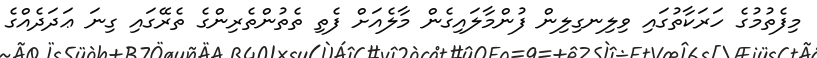
މިފެތުމުގެ ހަރަކާތުގައި ވިލިނގިލިން ފުންމާލައިގެން މާލެއަށް ފެތި ތެތުންތެރިންގެ ތެރޭގައި ގިނަ ޢަދަދެއްގެ